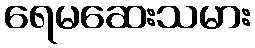
ရေမဆေးသမား